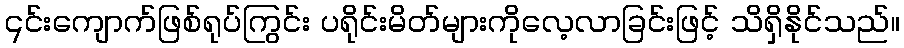
၎င်းကျောက်ဖြစ်ရုပ်ကြွင်း ပရိုင်းမိတ်များကိုလေ့လာခြင်းဖြင့် သိရှိနိုင်သည်။